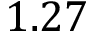
1 . 2 7